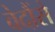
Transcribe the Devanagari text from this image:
वेदौंसे